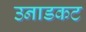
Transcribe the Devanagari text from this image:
उनाडकट